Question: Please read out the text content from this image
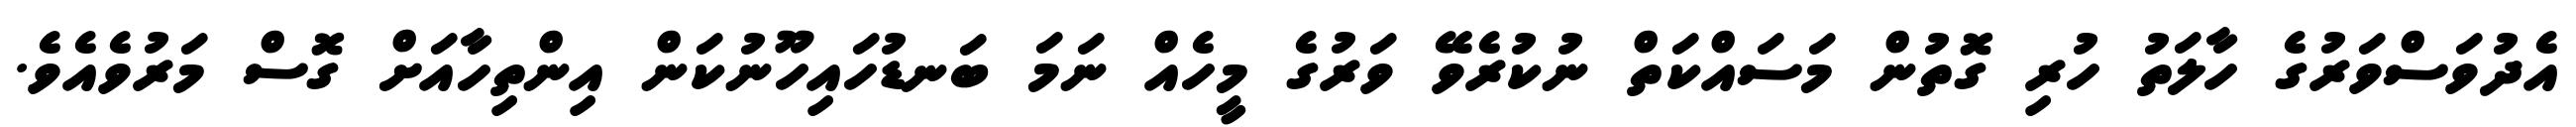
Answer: އެދުވަސްވަރުގެ ހާލަތު ހުރި ގޮތުން މަސައްކަތް ނުކުރެވޭ ވަރުގެ މީހެއް ނަމަ ބަނޑުހައިހޫނުކަން އިންތިހާއަށް ގޮސް މަރުވެއެވެ.